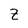
Character: z